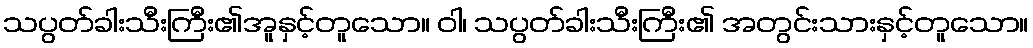
သပွတ်ခါးသီးကြီး၏အူနှင့်တူသော။ ဝါ၊ သပွတ်ခါးသီးကြီး၏ အတွင်းသားနှင့်တူသော။